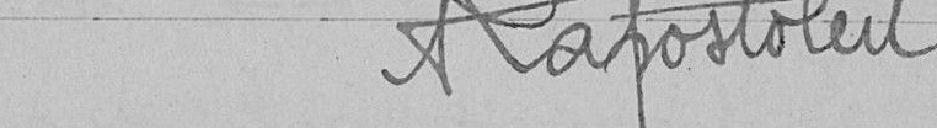
Lapostolet